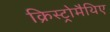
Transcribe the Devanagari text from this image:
क्रिस्ट्रोमैथिए